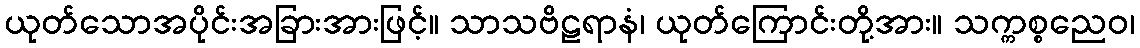
ယုတ်သောအပိုင်းအခြားအားဖြင့်။ သာသဗိဠရာနံ၊ ယုတ်ကြောင်းတို့အား။ သက္ကစ္စညေဝ၊